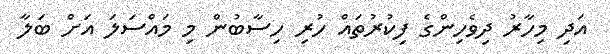
އަދި މިހާރު ދިވެހިންގެ ފިކުރުތައް ހުރި ހިސާބުން މި މައްސަލަ އަށް ބަލާ